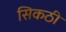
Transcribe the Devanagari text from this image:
सिकठी